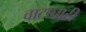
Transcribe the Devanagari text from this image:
वाटाघाटीं